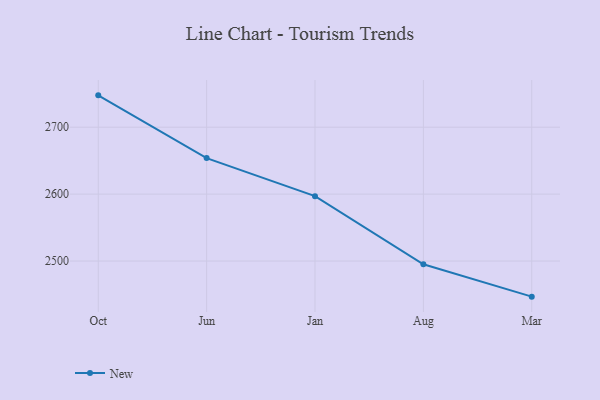
{"axis": {"x": "Month", "y": "LTV (USD)"}, "legend": ["New"], "data": [{"x": "Oct", "y": 2747.6, "type": "New"}, {"x": "Jun", "y": 2653.8, "type": "New"}, {"x": "Jan", "y": 2597.0, "type": "New"}, {"x": "Aug", "y": 2495.1, "type": "New"}, {"x": "Mar", "y": 2446.8, "type": "New"}]}